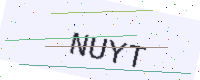
Text: NUYT